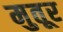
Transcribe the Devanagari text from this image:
मुतूर